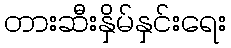
တားဆီးနှိမ်နှင်းရေး